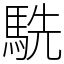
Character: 駪